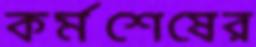
কর্মশেষের